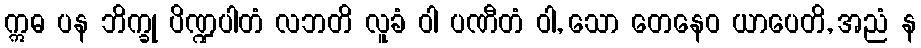
ဣဓ ပန ဘိက္ခု ပိဏ္ဍပါတံ လဘတိ လူခံ ဝါ ပဏီတံ ဝါ, သော တေနေဝ ယာပေတိ, အညံ န